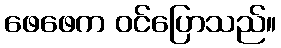
ဖေဖေက ဝင်ပြောသည်။